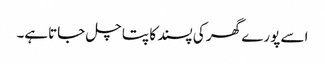
اسے پورے گھر کی پسند کا پتا چل جاتاہے۔